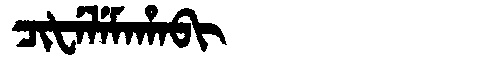
Manchu: ᠴᡳᡶᡝᠯᡝᠮᠠᡥᠠᠪᡳ
Romanization: CIFELEMAHABI